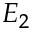
E _ { 2 }